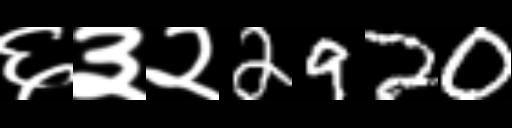
Text: ६३२2920